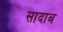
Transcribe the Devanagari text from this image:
सादाब